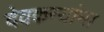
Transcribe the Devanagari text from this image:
देवकन्यांना